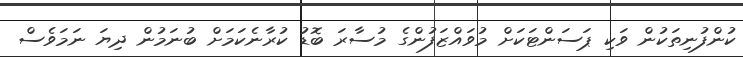
ކުންފުނިތަކުން ވަކި ޕަސަންޓަކަށް މުވައްޒަފުންގެ މުސާރަ ބޮޑު ކުރާނެކަމަށް ބުނަމުން ދިޔަ ނަމަވެސް